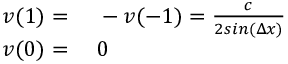
\begin{array} { r l } { v ( 1 ) = { } } & { { } - v ( - 1 ) = \frac { c } { 2 s i n ( \Delta x ) } } \\ { v ( 0 ) = { } } & { { } 0 } \end{array}